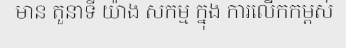
មាន តួនាទី យ៉ាង សកម្ម ក្នុង ការលើកកម្ពស់